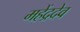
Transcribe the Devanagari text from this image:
महेंद्रदेव